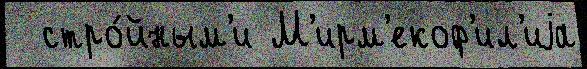
  стро́йным'и М'ирм'екоф'ил'иjа